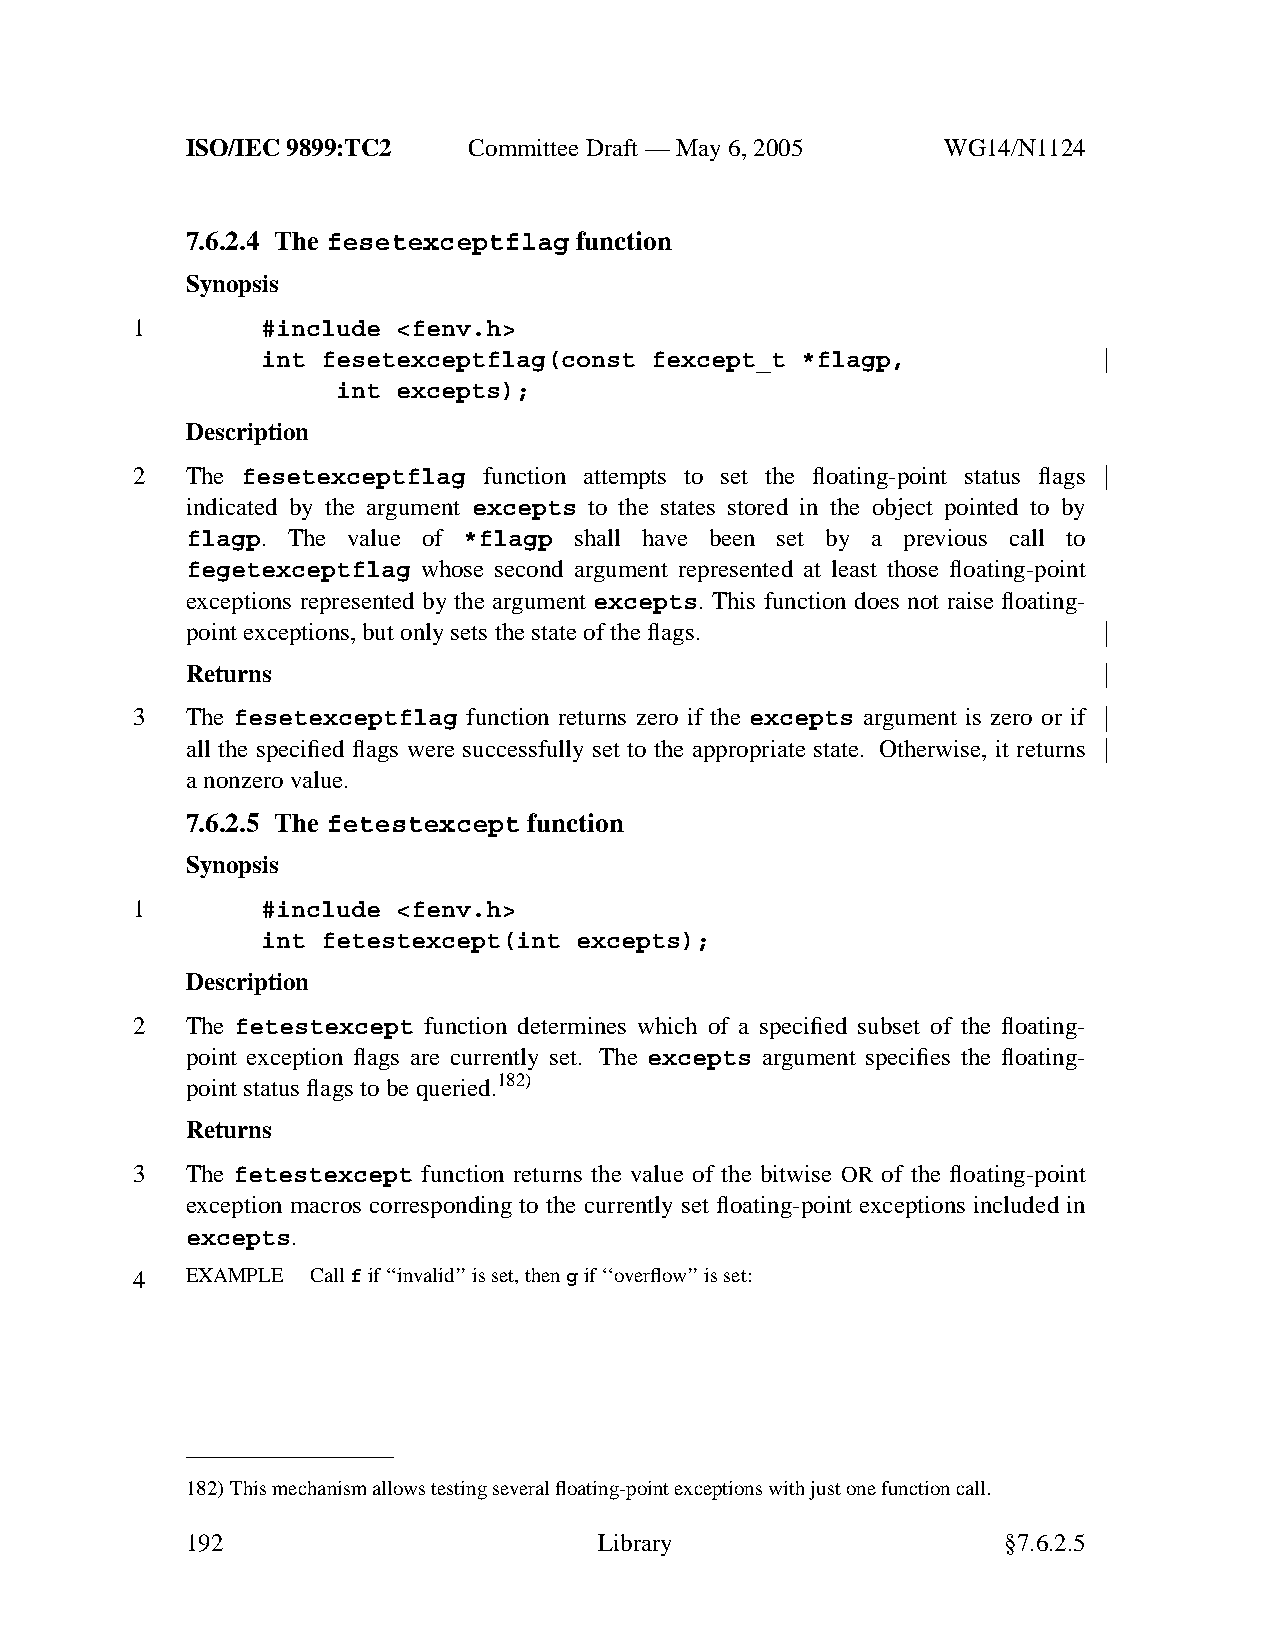
ISO/IEC 9899:TC2   Committee Draft — May 6, 2005   WG14/N1124
 7.6.2.4 The fesetexceptflag function
 Synopsis
 1       #include <fenv.h>
 int fesetexceptflag(const fexcept_t *flagp,
 int excepts);
 Description
 2  The fesetexceptflag function attempts to set the floating-point status flags
 indicated by the argument excepts to the states stored in the object pointed to by
 flagp. The value of *flagp shall have been set by a previous call to
 fegetexceptflag whose second argument represented at least those floating-point
 exceptions represented by the argument excepts. This function does not raise floating-
 point exceptions, but only sets the state of the flags.
 Returns
 3  The fesetexceptflag function returns zero if the excepts argument is zero or if
 all the specified flags were successfully set to the appropriate state. Otherwise, it returns
 anonzero value.
 7.6.2.5 The fetestexcept function
 Synopsis
 1       #include <fenv.h>
 int fetestexcept(int excepts);
 Description
 2  The fetestexcept function determines which of a specified subset of the floating-
 point exception flags are currently set. The excepts argument specifies the floating-
 point status flags to be queried.182)
 Returns
 3  The fetestexcept function returns the value of the bitwise OR of the floating-point
 exception macros corresponding to the currently set floating-point exceptions included in
 excepts.
 4  EXAMPLE  Callfif ‘‘invalid’’isset, thengif ‘‘overflow’’isset:
 182)This mechanism allows testing several floating-point exceptions with just one function call.
 192                         Library                    §7.6.2.5